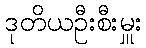
ဒုတိယဦးစီးမှူး